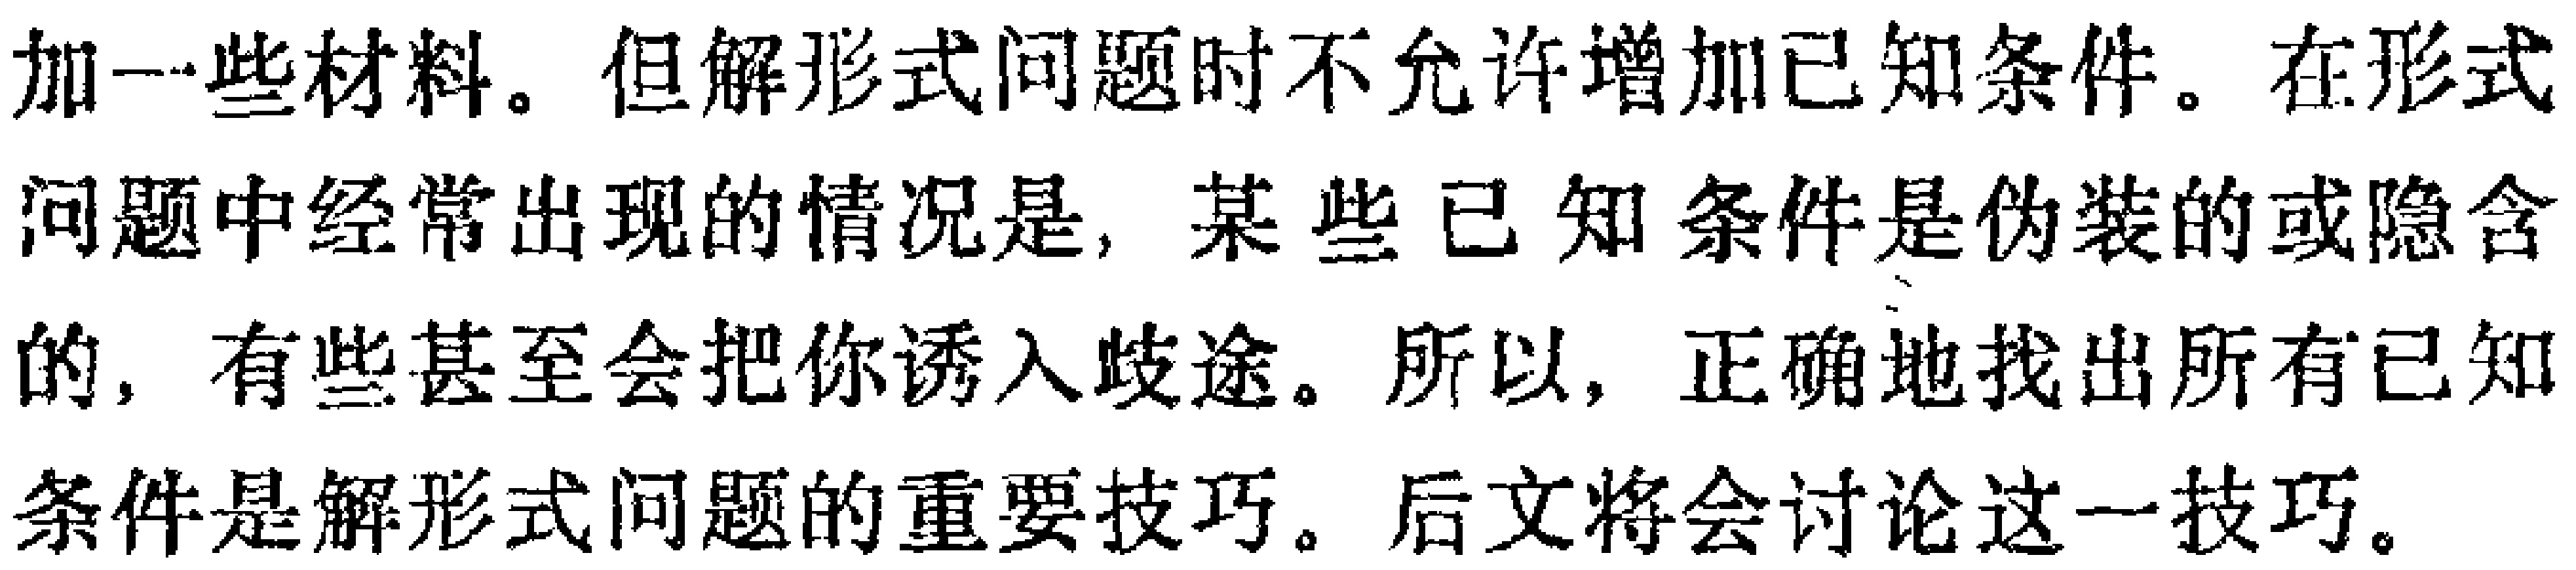
加一些材料。但解形式问题时不允许增加已知条件。在形式问题中经常出现的情况是，某些已知条件是伪装的或隐含的，有些甚至会把你诱入歧途。所以，正确地找出所有已知条件是解形式问题的重要技巧。后文将会讨论这一技巧。